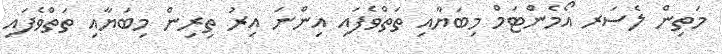
މަތިން ލެސަރ އޯމެންޓަމް މިބަޔާއި ތަތްވެފައި އިންނަ އިރު ތިރިން މިބަޔާއި ތަތްވެފައި